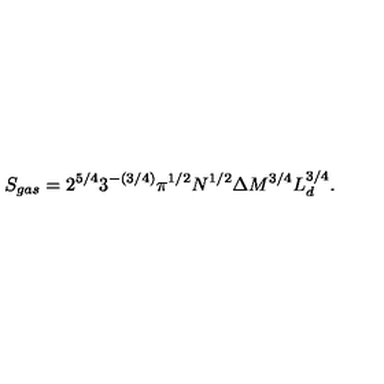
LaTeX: S _ { g a s } = 2 ^ { 5 / 4 } 3 ^ { - ( 3 / 4 ) } \pi ^ { 1 / 2 } N ^ { 1 / 2 } \Delta M ^ { 3 / 4 } L _ { d } ^ { 3 / 4 } .